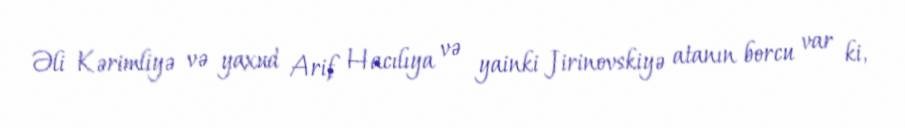
Əli Kərimliyə və yaxud Arif Hacılıya və yainki Jirinovskiyə atanın borcu var ki,